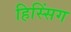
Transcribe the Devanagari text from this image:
हिस्सिंग